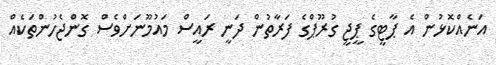
އަނެއްކޮޅުން އެ ޕާޓީގެ ޕީޖީ ގުރޫޕްގެ ފަރާތުން ދަނީ ރައީސް މައުމޫނަށްވެސް ގޮންޖެހުންތަކެއް